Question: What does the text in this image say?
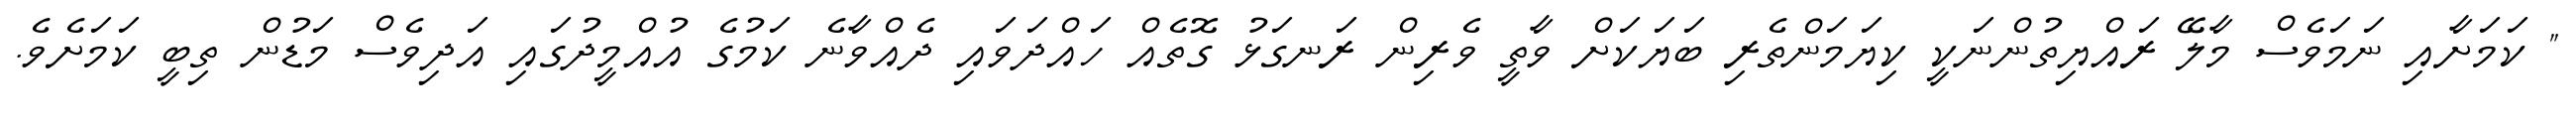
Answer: " ކަމަށާއި ނަމަވެސް މާލޭ ރައްޔިތުންނަކީ ކިޔަމަންތެރި ބަޔަކަށް ވާތީ ވެރިން ރަނގަޅު ގޮތެއް ހައްދަވައި ދެއްވާނެ ކަމުގެ އުއްމީދުގައި އަދިވެސް މަޑުން ތިބީ ކަމަށެވެ.